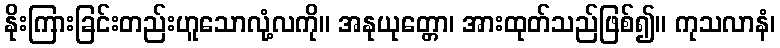
နိုးကြားခြင်းတည်းဟူသောလုံ့လကို။ အနုယုတ္တော၊ အားထုတ်သည်ဖြစ်၍။ ကုသလာနံ၊